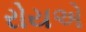
રોયએ